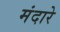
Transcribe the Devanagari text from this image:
मंदारे